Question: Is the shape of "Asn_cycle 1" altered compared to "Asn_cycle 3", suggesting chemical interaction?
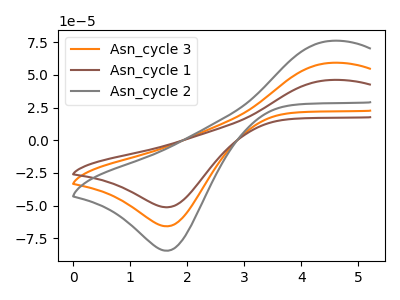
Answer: <think>The orange curve "Asn_cycle 3" has an anodic peak at (4.50V, 59.10uA) and a cathodic peak at (1.65V, -65.75uA). The brown curve "Asn_cycle 1" has an anodic peak at (4.50V, 46.00uA) and a cathodic peak at (1.65V, -51.20uA). The gray curve "Asn_cycle 2" has an anodic peak at (4.50V, 118.20uA) and a cathodic peak at (1.65V, -131.50uA).
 All the peaks in "Asn_cycle 1" have a peak in "Asn_cycle 3" at the same potential. Every peak in "Asn_cycle 1" is lower than every peak in "Asn_cycle 3".</think>
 <answer>No, "Asn_cycle 1" and "Asn_cycle 3" don't appear to be significantly different in shape</answer>
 <eval>no_change</eval>